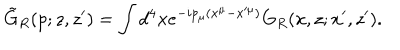
\tilde { G } _ { R } ( p ; z , z ^ { \prime } ) = \int d ^ { 4 } x e ^ { - i p _ { \mu } ( x ^ { \mu } - x ^ { \mu } ) } G _ { R } ( x , z ; x ^ { \prime } , z ^ { \prime } ) .